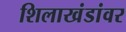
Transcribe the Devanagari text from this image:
शिलाखंडांवर